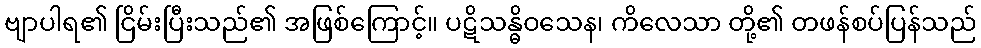
ဗျာပါရ၏ ငြိမ်းပြီးသည်၏ အဖြစ်ကြောင့်။ ပဋိသန္ဓိဝသေန၊ ကိလေသာ တို့၏ တဖန်စပ်ပြန်သည်